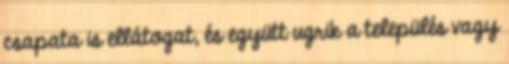
csapata is ellátogat, és együtt ugrik a település vagy